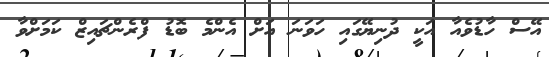
އޭސް ހާޑުވެއާ އަކީ ދުނިޔޭގައި ހަވަނަ އަށް އެންމެ ބޮޑު ފްރެންޗައިޒް ކަމަށްވާ